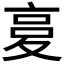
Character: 𡕨